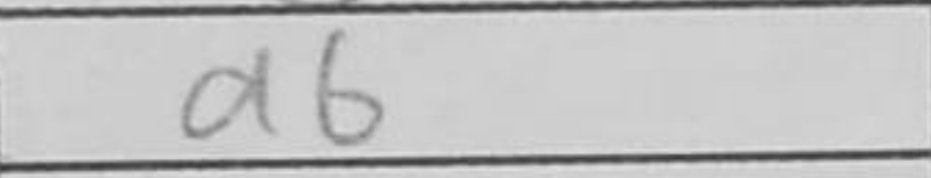
Transcription: d6